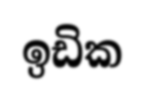
ඉඩික